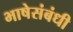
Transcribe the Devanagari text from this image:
भाषेसंबंधी